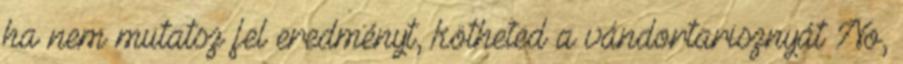
ha nem mutatsz fel eredményt, kötheted a vándortarisznyát No,